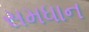
સમધાન